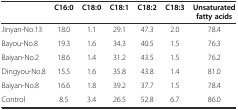
<table><thead><tr><td></td><td><b>C16:0</b></td><td><b>C18:0</b></td><td><b>C18:1</b></td><td><b>C18:2</b></td><td><b>C18:3</b></td><td><b>Unsaturated fatty acids</b></td></tr></thead><tbody><tr><td>Jinyan-No.13</td><td>18.0</td><td>1.1</td><td>29.1</td><td>47.3</td><td>2.0</td><td>78.4</td></tr><tr><td>Bayou-No.8</td><td>19.3</td><td>1.6</td><td>34.3</td><td>40.5</td><td>1.5</td><td>76.3</td></tr><tr><td>Baiyan-No.2</td><td>18.6</td><td>1.4</td><td>31.2</td><td>43.5</td><td>1.5</td><td>76.2</td></tr><tr><td>Dingyou-No.8</td><td>15.5</td><td>1.6</td><td>35.8</td><td>43.8</td><td>1.4</td><td>81.0</td></tr><tr><td>Baiyan-No.8</td><td>16.6</td><td>1.8</td><td>39.2</td><td>37.7</td><td>1.5</td><td>78.4</td></tr><tr><td>Control</td><td>8.5</td><td>3.4</td><td>26.5</td><td>52.8</td><td>6.7</td><td>86.0</td></tr></tbody></table>